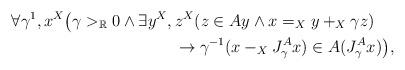
LaTeX: \begin{align*}&\forall \gamma^1,x^X\big(\gamma>_\mathbb{R}0\land \exists y^X,z^X(z\in Ay\land x=_Xy+_X\gamma z)\\&\qquad\qquad\qquad\qquad\qquad\rightarrow \gamma^{-1}(x-_XJ^A_{\gamma}x)\in A(J^A_{\gamma}x)\big),\end{align*}